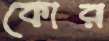
কোর